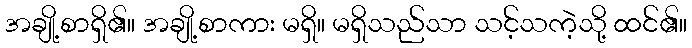
အချို့စာရှိ၏။ အချို့စာကား မရှိ။ မရှိသည်သာ သင့်သကဲ့သို့ ထင်၏။